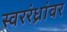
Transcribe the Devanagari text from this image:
स्वररंध्रांवर